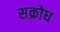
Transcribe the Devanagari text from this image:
सक्रोध